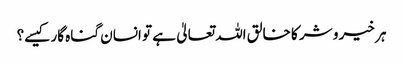
ہر خیر و شر کا خالق اللہ تعالیٰ ہے تو انسان گناہ گار کیسے؟